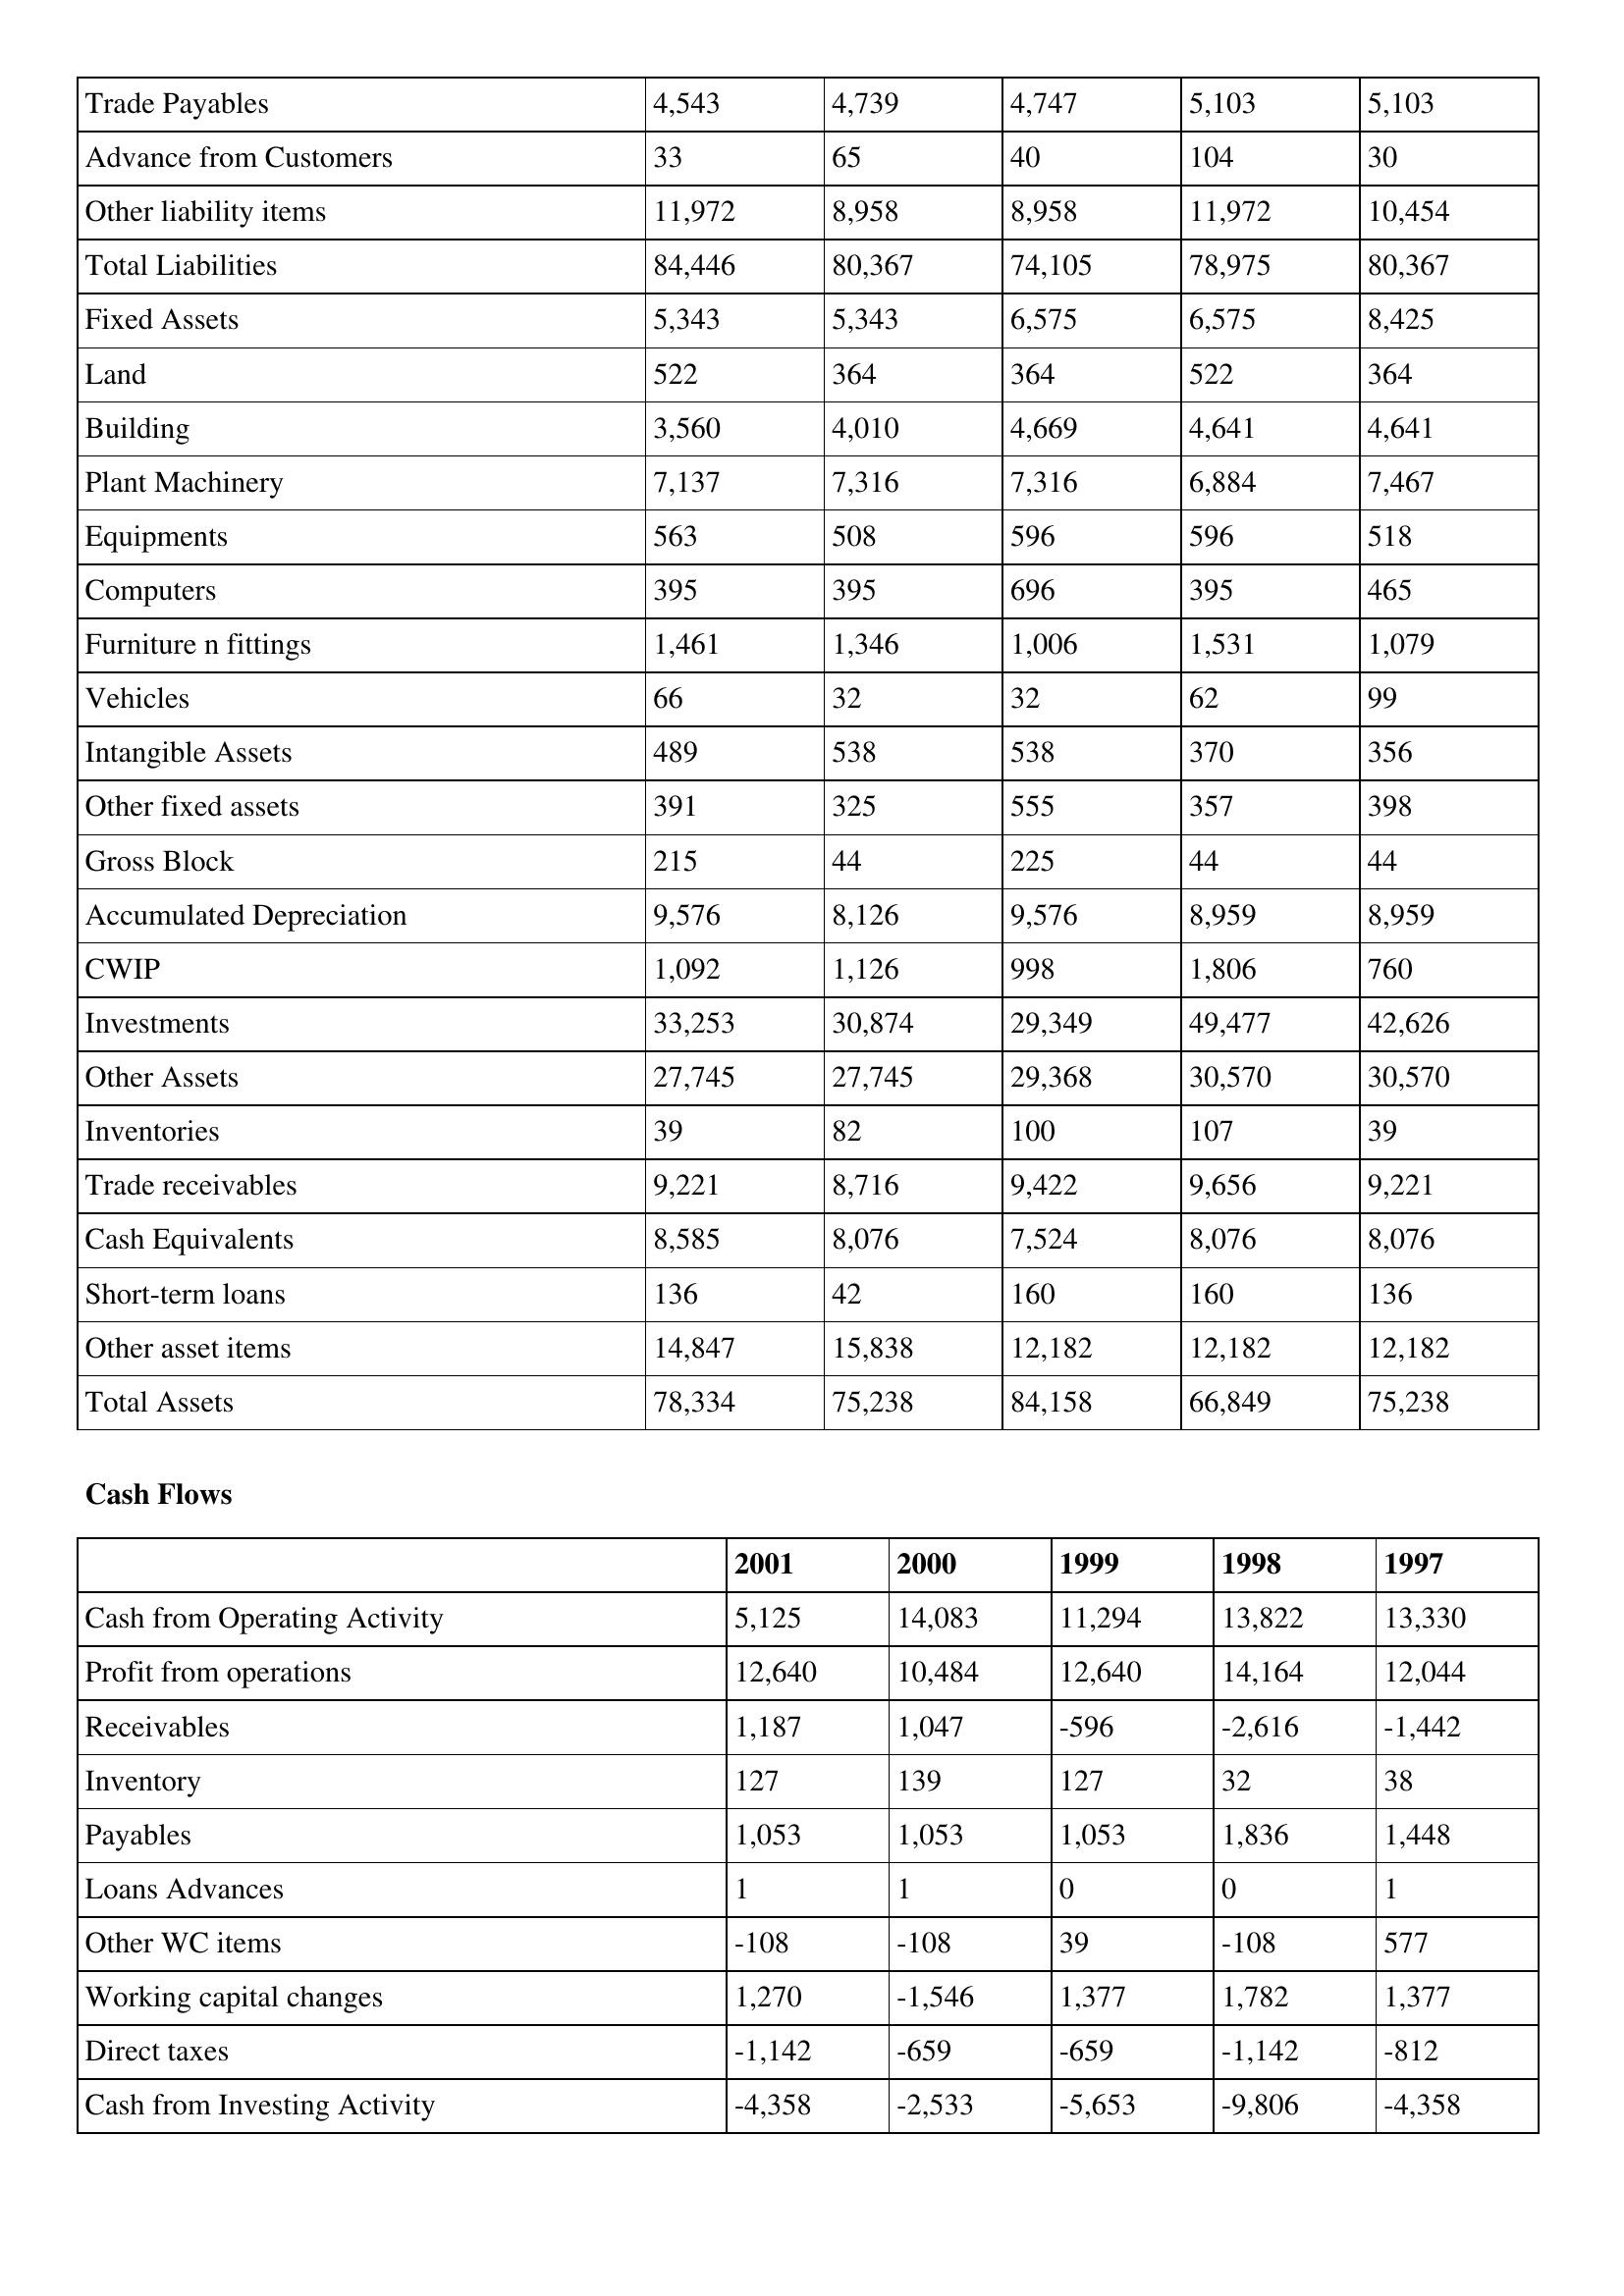
gt_parse: 2001: Balance Sheet: Trade Payables: 4,543
Advance from Customers: 33
Other liability items: 11,972
Total Liabilities: 84,446
Fixed Assets: 5,343
Land: 522
Building: 3,560
Plant Machinery: 7,137
Equipments: 563
Computers: 395
Furniture n fittings: 1,461
Vehicles: 66
Intangible Assets: 489
Other fixed assets: 391
Gross Block: 215
Accumulated Depreciation: 9,576
CWIP: 1,092
Investments: 33,253
Other Assets: 27,745
Inventories: 39
Trade receivables: 9,221
Cash Equivalents: 8,585
Short-term loans: 136
Other asset items: 14,847
Total Assets: 78,334
Cash Flows: Cash from Operating Activity: 5,125
Profit from operations: 12,640
Receivables: 1,187
Inventory: 127
Payables: 1,053
Loans Advances: 1
Other WC items: -108
Working capital changes: 1,270
Direct taxes: -1,142
Cash from Investing Activity: -4,358
2000: Balance Sheet: Trade Payables: 4,739
Advance from Customers: 65
Other liability items: 8,958
Total Liabilities: 80,367
Fixed Assets: 5,343
Land: 364
Building: 4,010
Plant Machinery: 7,316
Equipments: 508
Computers: 395
Furniture n fittings: 1,346
Vehicles: 32
Intangible Assets: 538
Other fixed assets: 325
Gross Block: 44
Accumulated Depreciation: 8,126
CWIP: 1,126
Investments: 30,874
Other Assets: 27,745
Inventories: 82
Trade receivables: 8,716
Cash Equivalents: 8,076
Short-term loans: 42
Other asset items: 15,838
Total Assets: 75,238
Cash Flows: Cash from Operating Activity: 14,083
Profit from operations: 10,484
Receivables: 1,047
Inventory: 139
Payables: 1,053
Loans Advances: 1
Other WC items: -108
Working capital changes: -1,546
Direct taxes: -659
Cash from Investing Activity: -2,533
1999: Balance Sheet: Trade Payables: 4,747
Advance from Customers: 40
Other liability items: 8,958
Total Liabilities: 74,105
Fixed Assets: 6,575
Land: 364
Building: 4,669
Plant Machinery: 7,316
Equipments: 596
Computers: 696
Furniture n fittings: 1,006
Vehicles: 32
Intangible Assets: 538
Other fixed assets: 555
Gross Block: 225
Accumulated Depreciation: 9,576
CWIP: 998
Investments: 29,349
Other Assets: 29,368
Inventories: 100
Trade receivables: 9,422
Cash Equivalents: 7,524
Short-term loans: 160
Other asset items: 12,182
Total Assets: 84,158
Cash Flows: Cash from Operating Activity: 11,294
Profit from operations: 12,640
Receivables: -596
Inventory: 127
Payables: 1,053
Loans Advances: 0
Other WC items: 39
Working capital changes: 1,377
Direct taxes: -659
Cash from Investing Activity: -5,653
1998: Balance Sheet: Trade Payables: 5,103
Advance from Customers: 104
Other liability items: 11,972
Total Liabilities: 78,975
Fixed Assets: 6,575
Land: 522
Building: 4,641
Plant Machinery: 6,884
Equipments: 596
Computers: 395
Furniture n fittings: 1,531
Vehicles: 62
Intangible Assets: 370
Other fixed assets: 357
Gross Block: 44
Accumulated Depreciation: 8,959
CWIP: 1,806
Investments: 49,477
Other Assets: 30,570
Inventories: 107
Trade receivables: 9,656
Cash Equivalents: 8,076
Short-term loans: 160
Other asset items: 12,182
Total Assets: 66,849
Cash Flows: Cash from Operating Activity: 13,822
Profit from operations: 14,164
Receivables: -2,616
Inventory: 32
Payables: 1,836
Loans Advances: 0
Other WC items: -108
Working capital changes: 1,782
Direct taxes: -1,142
Cash from Investing Activity: -9,806
1997: Balance Sheet: Trade Payables: 5,103
Advance from Customers: 30
Other liability items: 10,454
Total Liabilities: 80,367
Fixed Assets: 8,425
Land: 364
Building: 4,641
Plant Machinery: 7,467
Equipments: 518
Computers: 465
Furniture n fittings: 1,079
Vehicles: 99
Intangible Assets: 356
Other fixed assets: 398
Gross Block: 44
Accumulated Depreciation: 8,959
CWIP: 760
Investments: 42,626
Other Assets: 30,570
Inventories: 39
Trade receivables: 9,221
Cash Equivalents: 8,076
Short-term loans: 136
Other asset items: 12,182
Total Assets: 75,238
Cash Flows: Cash from Operating Activity: 13,330
Profit from operations: 12,044
Receivables: -1,442
Inventory: 38
Payables: 1,448
Loans Advances: 1
Other WC items: 577
Working capital changes: 1,377
Direct taxes: -812
Cash from Investing Activity: -4,358